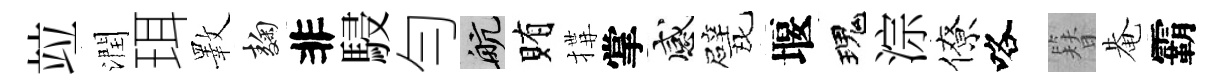
竝潤珥斁麹非駸勻航賄搆掌感戏堰瑰淙僚咯簪𤲅霸